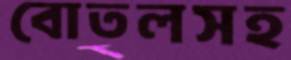
বোতলসহ